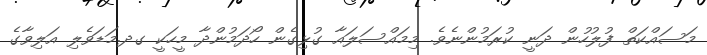
މަސައްކަތް ފުލުހުން ދަނީ ކުރަމުންނެވެ. މިމައްސަލައާ ގުޅިގެން ހޯދަމުންދާ މީހަކީ ގދ.މަޑަވެލި އަލިވާގެ